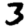
Digit: 3